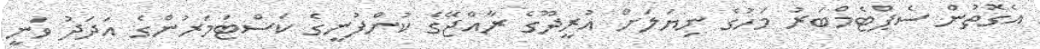
އެގޮތުން ސެޕްޓެމްބަރު މަހުގެ ނިޔަލަށް އުރީދޫގެ ރާއްޖޭގެ ކުންފުނީގެ ކަސްޓަމަރުންގެ އަދަދު ވަނީ